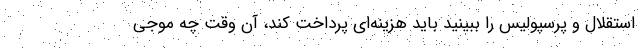
استقلال و پرسپولیس را ببینید باید هزینه‌ای پرداخت کند، آن وقت چه موجی